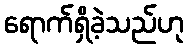
ရောက်ရှိခဲ့သည်ဟု